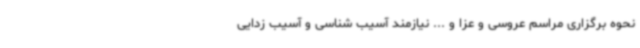
نحوه برگزاری مراسم عروسی و عزا و ... نیازمند آسیب شناسی و آسیب زدایی